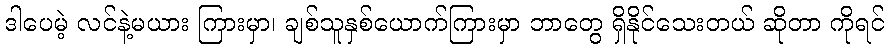
ဒါပေမဲ့ လင်နဲ့မယား ကြားမှာ၊ ချစ်သူနှစ်ယောက်ကြားမှာ ဘာတွေ ရှိနိုင်သေးတယ် ဆိုတာ ကိုရင်